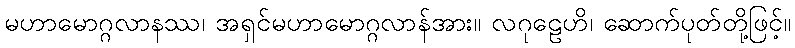
မဟာမောဂ္ဂလာနဿ၊ အရှင်မဟာမောဂ္ဂလာန်အား။ လဂုဠေဟိ၊ ဆောက်ပုတ်တို့ဖြင့်။